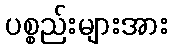
ပစ္စည်းများအား